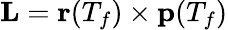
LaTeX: \textbf{L}=\textbf{r}(T_{f})\times\textbf{p}(T_{f})